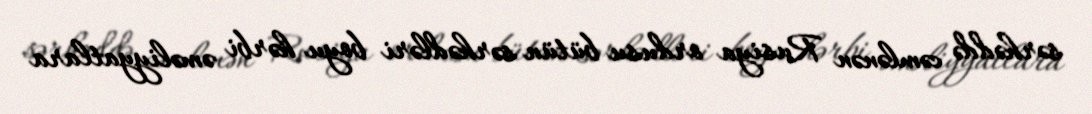
sərhəddə cəmlənən Rusiya ordusu bütün sərhədləri boyu hərbi əməliyyatlara